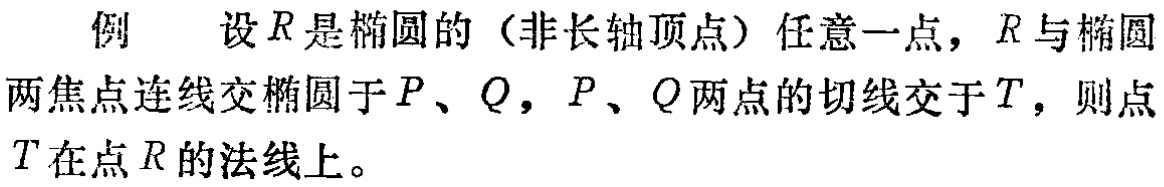
例 设\(R\)是椭圆的（非长轴顶点）任意一点，\(R\)与椭圆两焦点连线交椭圆于\(P\)、\(Q\)，\(P\)、\(Q\)两点的切线交于\(T\)，则点\(T\)在点\(R\)的法线上。